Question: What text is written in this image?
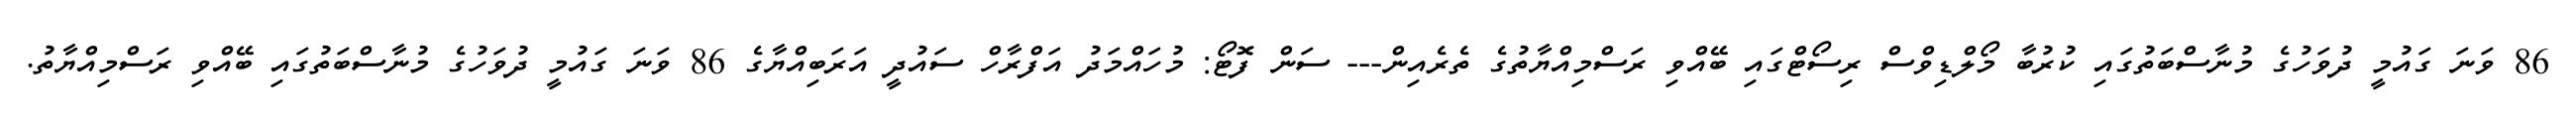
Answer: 86 ވަނަ ގައުމީ ދުވަހުގެ މުނާސްބަތުގައި ކުރުބާ މޯލްޑިވްސް ރިސޯޓްގައި ބޭއްވި ރަސްމިއްޔާތުގެ ތެރެއިން--- ސަން ފޮޓޯ: މުހައްމަދު އަފްރާހް ސައުދީ އަރަބިއްޔާގެ 86 ވަނަ ގައުމީ ދުވަހުގެ މުނާސްބަތުގައި ބޭއްވި ރަސްމިއްޔާތު.